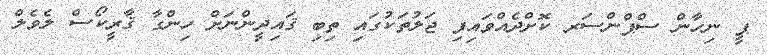
ޕީ ނިހާން ސްޕްންސަރ ކޮށްދެއްވައިފި ޖަލުތަކުގައި ތިބި ޤައިދީންނަށް ހިންގާ ޤާރީކޯސް ލެވެލް